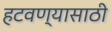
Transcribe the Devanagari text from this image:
हटवण्यासाठी